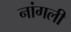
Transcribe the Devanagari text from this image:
नांगली